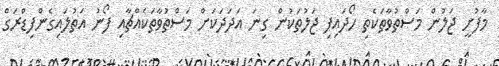
މާފުށީ ޖަލުން މަސްތުވާތަކެތި ހޯދައިފި ޖަލުތަކުން ގިނަ އަދަދަކަށް މަސްތުވާތަކެއްޗާއި ފޯނު އަތުލައިގެންފިޑްރަގް